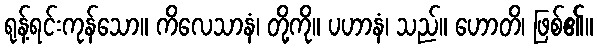
ရုန့်ရင်းကုန်သော။ ကိလေသာနံ၊ တို့ကို။ ပဟာနံ၊ သည်။ ဟောတိ၊ ဖြစ်၏။